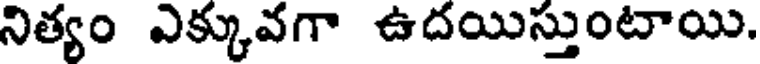
నిత్యం ఎక్కువగా ఉదయిస్తుంటాయి.